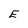
Character: E